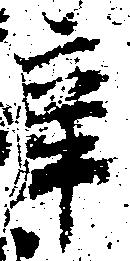
辛